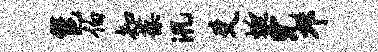
邕伯知葆汛爻蜓完邛